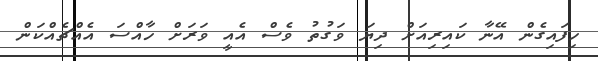
ހިފައިގެން އޭނާ ކައިރިއަށް ދިޔަ ވަގުތު ވެސް އެއީ ވަރަށް ހާއްސަ އެއްޗެއްކަން